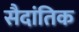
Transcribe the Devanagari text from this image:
सैदांतिक